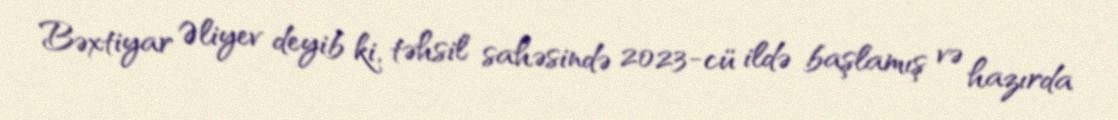
Bəxtiyar Əliyev deyib ki, təhsil sahəsində 2023-cü ildə başlamış və hazırda